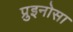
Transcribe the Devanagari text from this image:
प्रुइनोसा